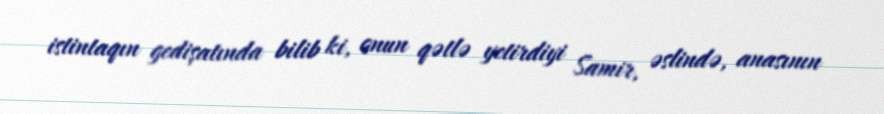
istintaqın gedişatında bilib ki, onun qətlə yetirdiyi Samir, əslində, anasının